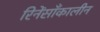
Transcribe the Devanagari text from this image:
रिनेंसाँकालीन